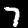
Digit: 7